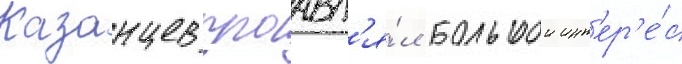
Казанцев проавл'я́л большои инт'ер'е́с